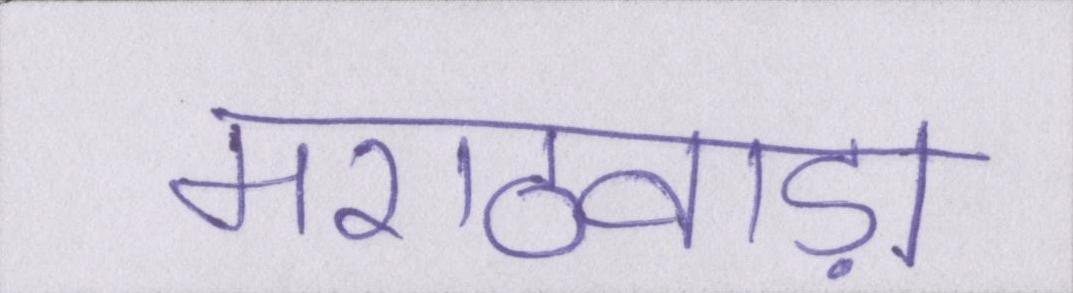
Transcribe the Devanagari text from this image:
मराठवाड़ा